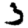
Digit: 3